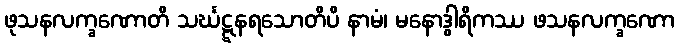
ဖုသနလက္ခဏောတိ သင်္ဃဋ္ဋနရသောတိပိ နာမံ၊ မနောဒွါရိကဿ ဖသနလက္ခဏော